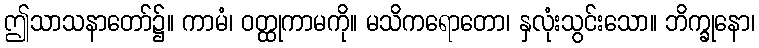
ဤသာသနာတော်၌။ ကာမံ၊ ဝတ္ထုကာမကို။ မသိကရောတော၊ နှလုံးသွင်းသော။ ဘိက္ခုနော၊